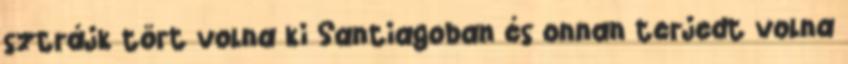
sztrájk tört volna ki Santiagoban és onnan terjedt volna